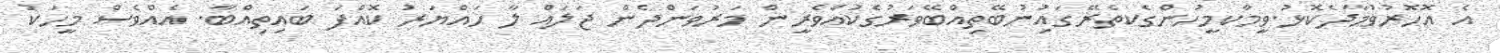
އެ އޮހޮރުވުމާދެކޮޅު.ވީމާކމީހުންގެކތެރޭގައިުނުބޭތިއްބޭވަރުގެކުއްވެރީން މަރުވަންދެން ޖަލައް ލާ ހައްޔަރު ކޮއްފަ ބައިތިއްބާ. އެއްވެސް މީހަކު